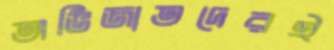
অভিজাতদেরই